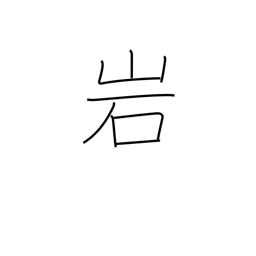
Meaning: rock